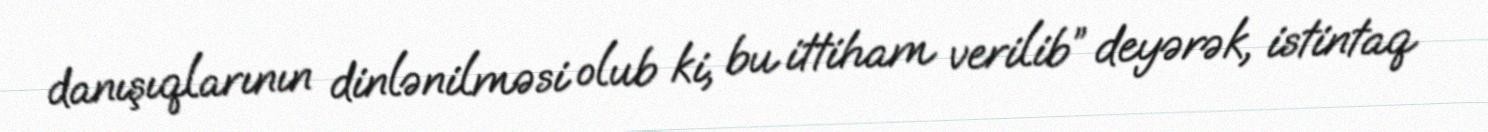
danışıqlarının dinlənilməsi olub ki, bu ittiham verilib” deyərək, istintaq